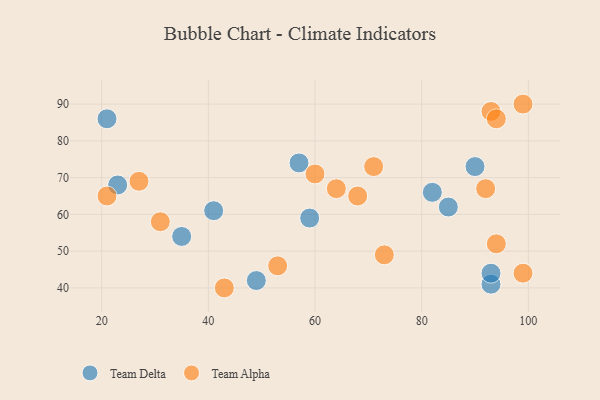
{"axis": {"x": "GDP", "y": "Life Expectancy"}, "legend": ["Team Alpha", "Team Delta"], "data": [{"x": "35", "y": 54, "type": "Team Delta"}, {"x": "82", "y": 66, "type": "Team Delta"}, {"x": "21", "y": 86, "type": "Team Delta"}, {"x": "57", "y": 74, "type": "Team Delta"}, {"x": "93", "y": 41, "type": "Team Delta"}, {"x": "41", "y": 61, "type": "Team Delta"}, {"x": "23", "y": 68, "type": "Team Delta"}, {"x": "85", "y": 62, "type": "Team Delta"}, {"x": "93", "y": 44, "type": "Team Delta"}, {"x": "49", "y": 42, "type": "Team Delta"}, {"x": "59", "y": 59, "type": "Team Delta"}, {"x": "90", "y": 73, "type": "Team Delta"}, {"x": "43", "y": 40, "type": "Team Alpha"}, {"x": "99", "y": 90, "type": "Team Alpha"}, {"x": "99", "y": 44, "type": "Team Alpha"}, {"x": "68", "y": 65, "type": "Team Alpha"}, {"x": "21", "y": 65, "type": "Team Alpha"}, {"x": "27", "y": 69, "type": "Team Alpha"}, {"x": "31", "y": 58, "type": "Team Alpha"}, {"x": "92", "y": 67, "type": "Team Alpha"}, {"x": "53", "y": 46, "type": "Team Alpha"}, {"x": "93", "y": 88, "type": "Team Alpha"}, {"x": "71", "y": 73, "type": "Team Alpha"}, {"x": "64", "y": 67, "type": "Team Alpha"}, {"x": "94", "y": 52, "type": "Team Alpha"}, {"x": "73", "y": 49, "type": "Team Alpha"}, {"x": "94", "y": 86, "type": "Team Alpha"}, {"x": "60", "y": 71, "type": "Team Alpha"}]}